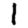
Digit: 1